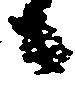
候